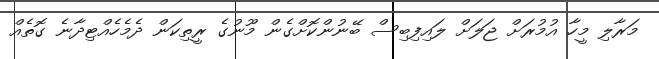
މަރާލި މީހާ އުމުރަށް ޖަލަށް ލައިފިބިސް ބޭނުންކޮށްގެން މޫނުގެ ރީތިކަން ދެމެހެއްޓިދާނެ ގޮތެއް